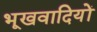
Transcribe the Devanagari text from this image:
भूखवादियों